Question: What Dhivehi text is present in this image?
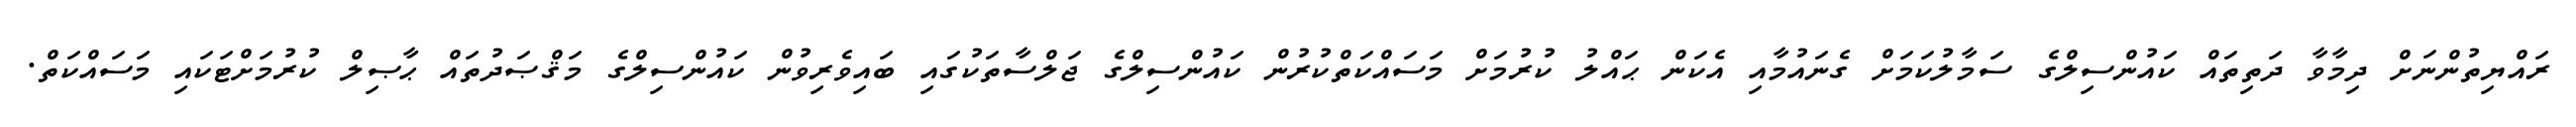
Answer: ރައްޔިތުންނަށް ދިމާވާ ދަތިތައް ކައުންސިލްގެ ސަމާލުކަމަށް ގެނައުމާއި އެކަން ޙައްލު ކުރުމަށް މަސައްކަތްކުރުން ކައުންސިލްގެ ޖަލްސާތަކުގައި ބައިވެރިވުން ކައުންސިލްގެ މަޤްޞަދުތައް ޙާޞިލް ކުރުމަށްޓަކައި މަސައްކަތް.